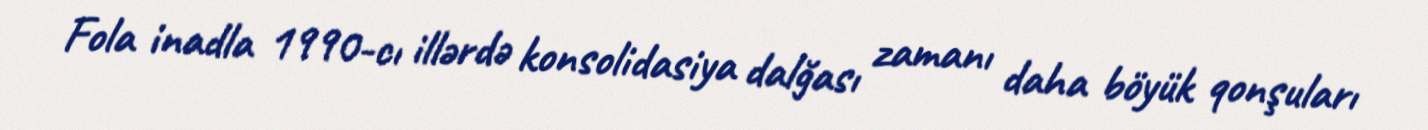
Fola inadla 1990-cı illərdə konsolidasiya dalğası zamanı daha böyük qonşuları